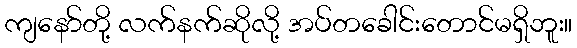
ကျနော်တို့ လက်နက်ဆိုလို့ အပ်တခေါင်းတောင်မရှိဘူး။